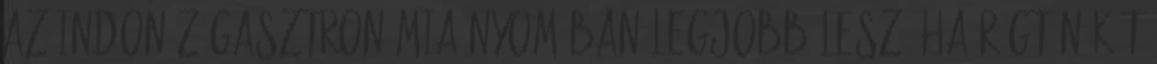
az indonéz gasztronómia nyomában Legjobb lesz, ha rögtön két